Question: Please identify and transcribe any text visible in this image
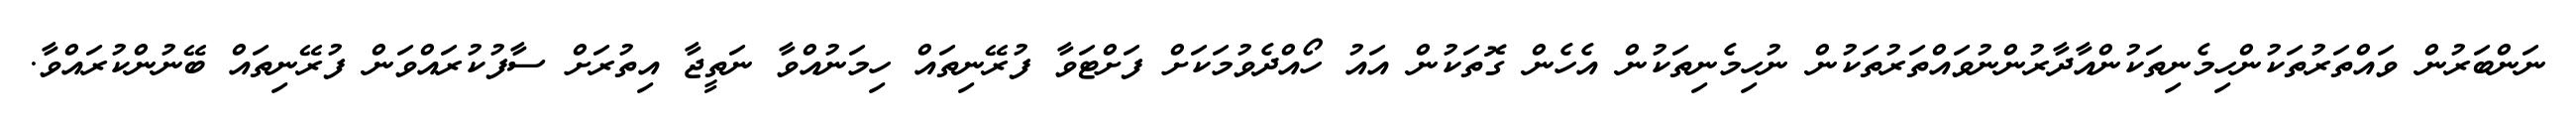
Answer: ނަންބަރުން ވައްތަރުތަކުންހިމެނިތަކުންއާދާރުންނުވައްތަރުތަކުން ނުހިމެނިތަކުން އެހެން ގޮތަކުން އައު ހޯއްދެވުމަކަށް ފަށްޓަވާ ފުރޭނިތައް ހިމަނުއްވާ ނަތީޖާ އިތުރަށް ސާފުކުރައްވަން ފުރޭނިތައް ބޭނުންކުރައްވާ.